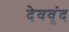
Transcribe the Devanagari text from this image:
देववृंद